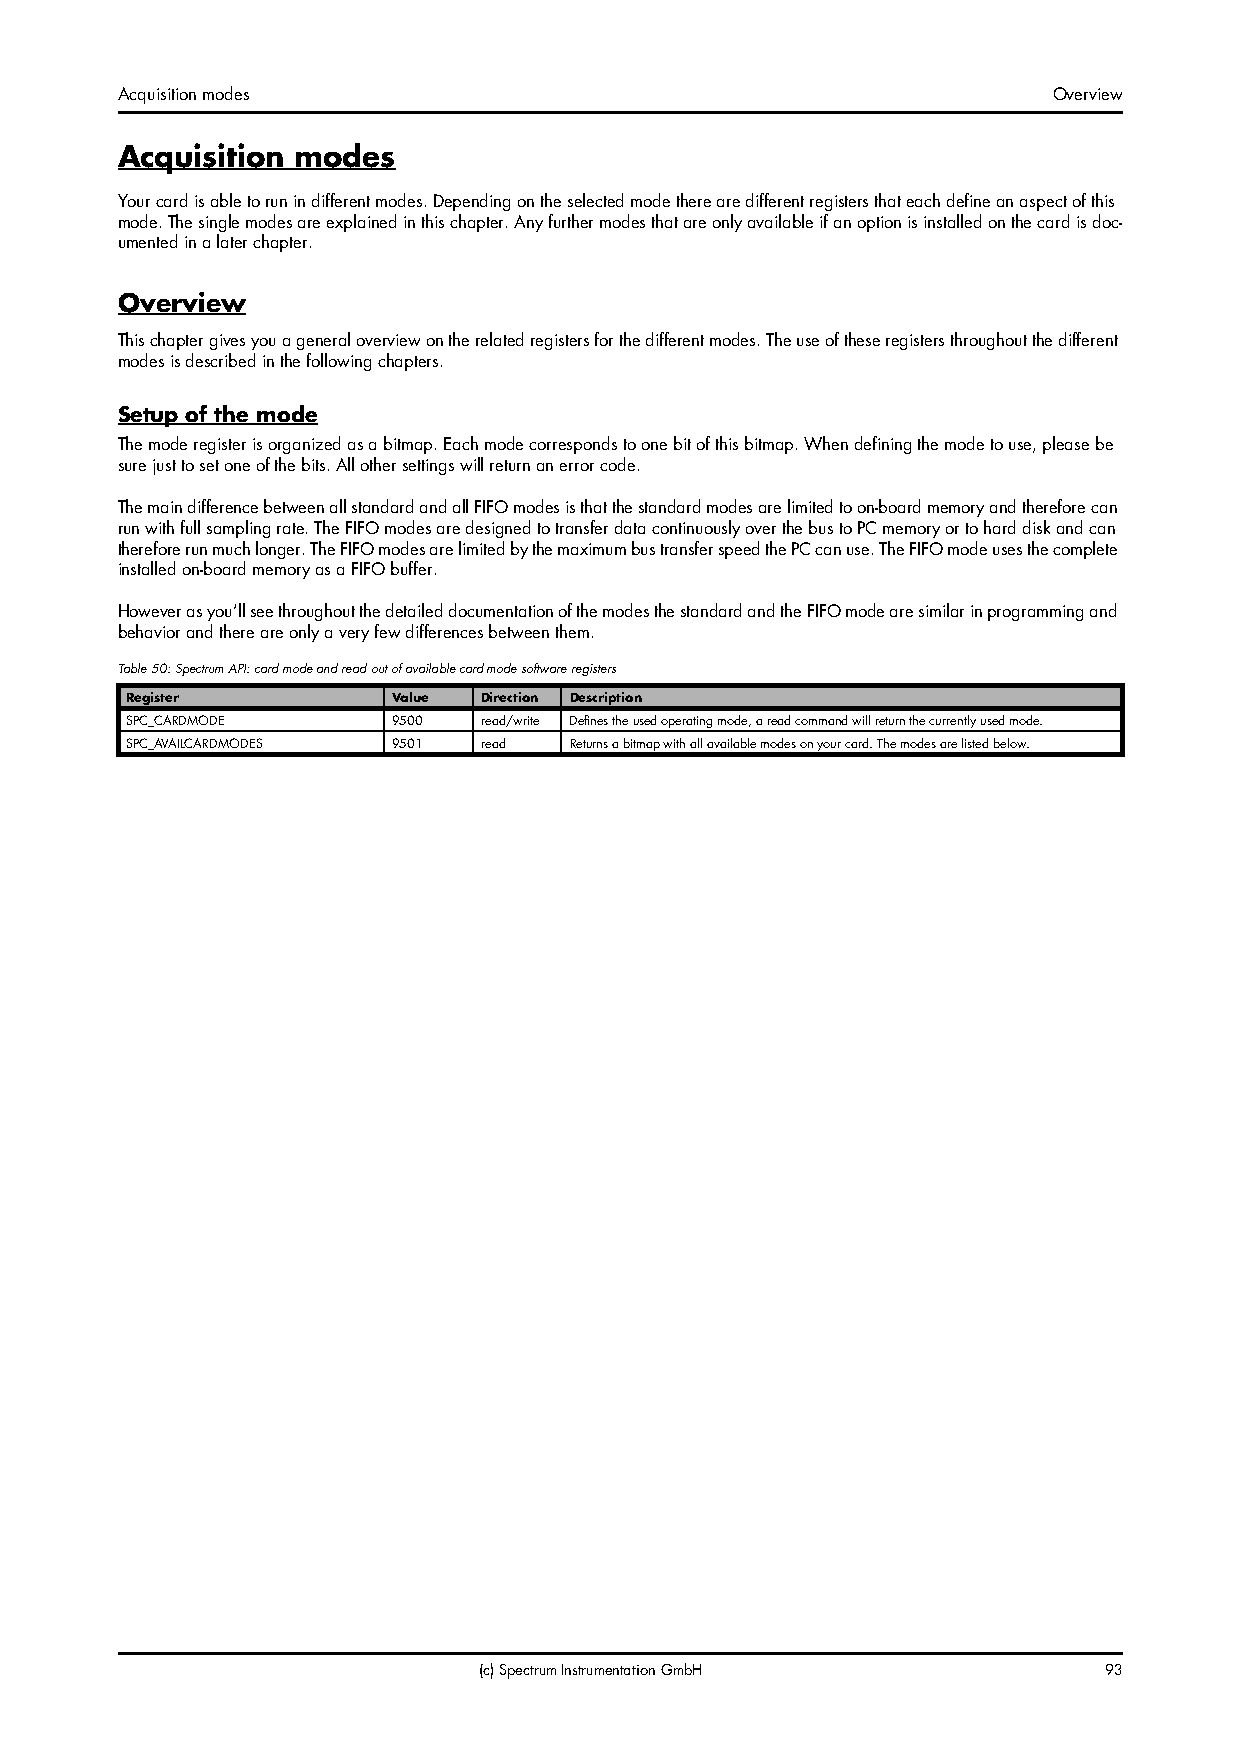
Acquisition modes                                             Overview
 Acquisition modes
 Your card is able to run in different modes. Depending on the selected mode there are different registers that each define an aspect of this
 mode. The single modes are explained in this chapter. Any further modes that are only available if an option is installed on the card is doc-
 umented in a later chapter.
 Overview
 This chapter gives you a general overview on the related registers for the different modes. The use of these registers throughout the different
 modes is described in the following chapters.
 Setup of the mode
 The mode register is organized as a bitmap. Each mode corresponds to one bit of this bitmap. When defining the mode to use, please be
 sure just to set one of the bits. All other settings will return an error code.
 The main difference between all standard and all FIFO modes is that the standard modes are limited to on-board memory and therefore can
 run with full sampling rate. The FIFO modes are designed to transfer data continuously over the bus to PC memory or to hard disk and can
 therefore run much longer. The FIFO modes are limited by the maximum bus transfer speed the PC can use. The FIFO mode uses the complete
 installed on-board memory as a FIFO buffer.
 However as you’ll see throughout the detailed documentation of the modes the standard and the FIFO mode are similar in programming and
 behavior and there are only a very few differences between them.
 Table 50: Spectrum API: card mode and read out of available card mode software registers
 Register          Value Direction Description
 SPC_CARDMODE      9500  read/write Defines the used operating mode, a read command will return the currently used mode.
 SPC_AVAILCARDMODES 9501 read  Returns a bitmap with all available modes on your card. The modes are listed below.
 (c) Spectrum Instrumentation GmbH        93